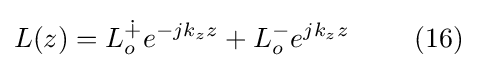
L(z)=L_{o}^{\dotplus }e^{-jk_{z}z}+L_{o}^{-}e^{jk_{z}z}\ \ \ \ \ \ \ (16)